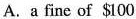
A.a fine of $100